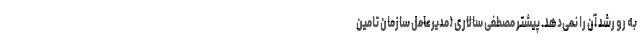
به رو رشد آن را نمی‌دهد. پیشتر مصطفی سالاری (مدیرعامل سازمان تامین